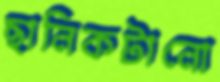
ছানিকটানো